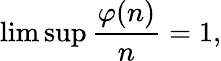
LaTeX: \operatorname*{lim}\operatorname*{sup}{\frac{\varphi(n)}{n}}=1,